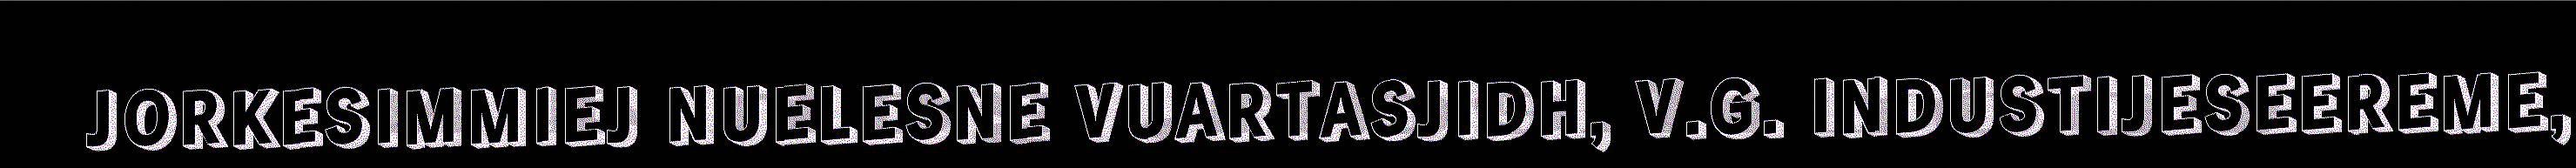
JORKESIMMIEJ NUELESNE VUARTASJIDH, V.G. INDUSTIJESEEREME,